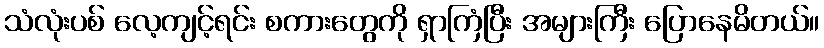
သံလုံးပစ် လေ့ကျင့်ရင်း စကားတွေကို ရှာကြံပြီး အများကြီး ပြောနေမိတယ်။